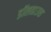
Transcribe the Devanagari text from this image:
डॉलहाउस